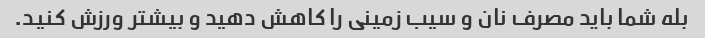
بله شما باید مصرف نان و سیب زمینی را کاهش دهید و بیشتر ورزش کنید.